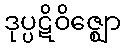
ဒုပ္ပဋိဝိဇ္ဈော